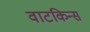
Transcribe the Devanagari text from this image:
वाटकिन्स